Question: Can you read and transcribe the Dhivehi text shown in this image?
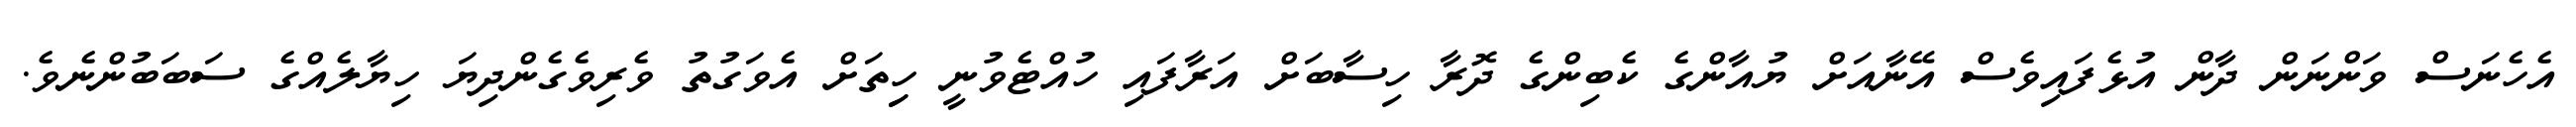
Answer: އެހެނަސް ވަންނަން ދާން އުޅެފައިވެސް އޭނާއަށް ޔުއާންގެ ކެބިންގެ ދޮރާ ހިސާބަށް އަރާފައި ހުއްޓެވުނީ ހިިތަށް އެވަގުތު ވެރިވެގެންދިޔަ ހިޔާލެއްގެ ސަބަބުންނެވެ.